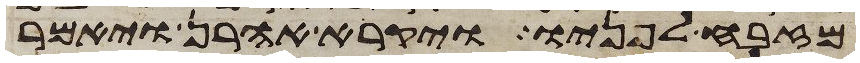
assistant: מזבח לפניו ויקרא אהרן ויאמר